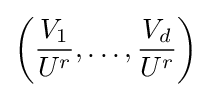
\left({\frac {V_{1}}{U^{r}}},\ldots ,{\frac {V_{d}}{U^{r}}}\right)